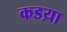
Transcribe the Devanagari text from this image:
कडय़ा